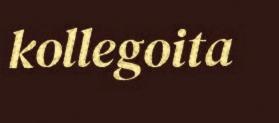
kollegoita